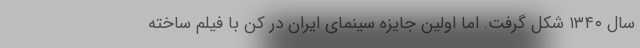
سال ۱۳۴۰ شکل گرفت. اما اولین جایزه سینمای ایران در کن با فیلم ساخته